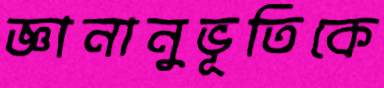
জ্ঞানানুভূতিকে